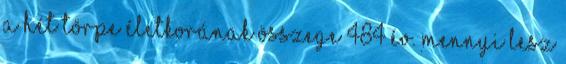
A hét törpe életkorának összege 484 év. Mennyi lesz